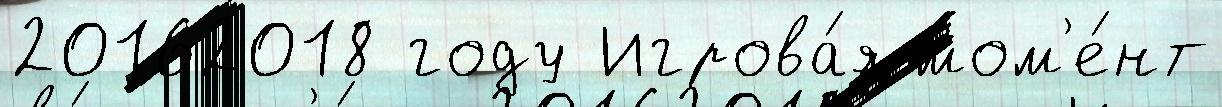
20162018 году Игрова́я мом'е́нт